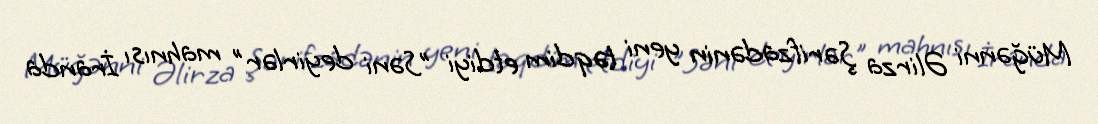
Müğənni Əlirza Şərifzadənin yeni təqdim etdiyi "Səni deyirlər" mahnısı İranda